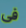
فى